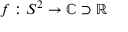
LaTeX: f : S ^ { 2 } \to \mathbb { C } \supset \mathbb { R }